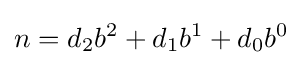
n=d_{2}b^{2}+d_{1}b^{1}+d_{0}b^{0}